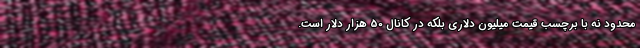
محدود نه با برچسب قیمت میلیون دلاری بلکه در کانال 50 هزار دلار است.